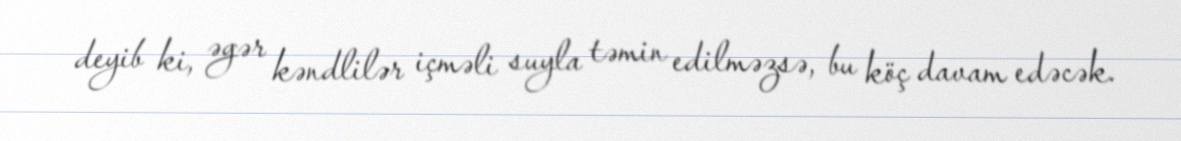
deyib ki, əgər kəndlilər içməli suyla təmin edilməzsə, bu köç davam edəcək.